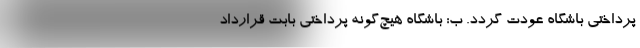
پرداختی باشگاه عودت گردد. ب: باشگاه هیچ‌گونه پرداختی بابت قرارداد